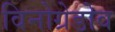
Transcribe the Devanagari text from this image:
विनोग्रेडोव